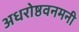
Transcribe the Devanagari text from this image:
अधरोष्ठवनमनी